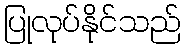
ပြုလုပ်နိုင်သည်